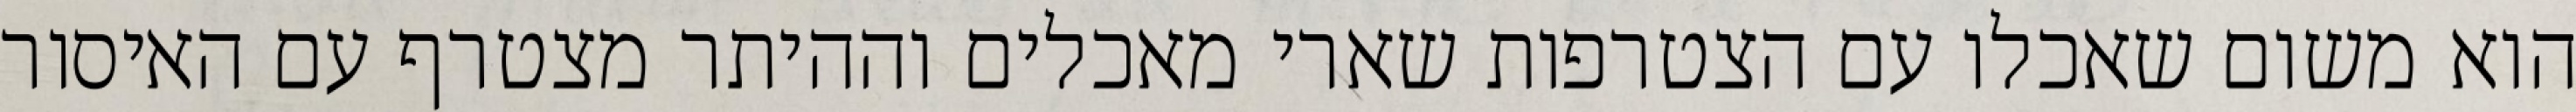
הוא משום שאכלו עם הצטרפות שארי מאכלים וההיתר מצטרף עם האיסור